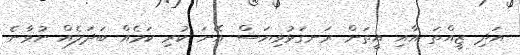
އަދި ޒީއްތަ އާއި އީތަން ރަނގަޅުވިޔަސް އޭނަ ކުރި ކަމެއް ބަދަލެއް ނުވާނެ